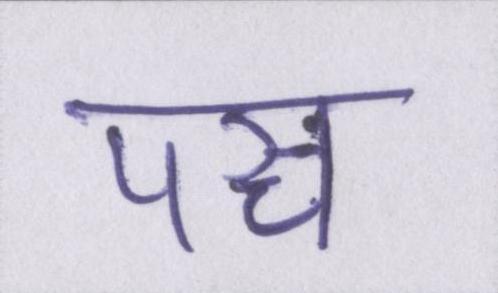
पञ्च